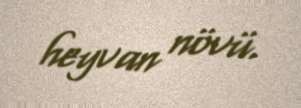
heyvan növü.